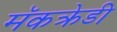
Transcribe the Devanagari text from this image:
मॅकक्रेडी